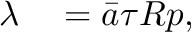
\begin{array} { r l } { \lambda } & { { } = \bar { a } \tau R p , } \end{array}